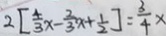
2 [ \frac { 4 } { 3 } x - \frac { 2 } { 3 } x + \frac { 1 } { 2 } ] = \frac { 3 } { 4 } x